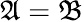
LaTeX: {\mathfrak{A}}={\mathfrak{B}}